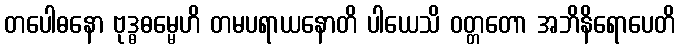
တပေါဓနော ဗုဒ္ဓဓမ္မေဟိ တမပရာယနောတိ ပါယေသိ ဝတ္တတော အဘိနိရောပေတိ